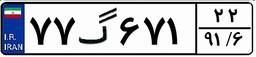
۷۷گ۶۷۱۲۲